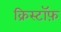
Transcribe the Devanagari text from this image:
क्रिस्टॉफ़